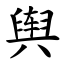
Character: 舆